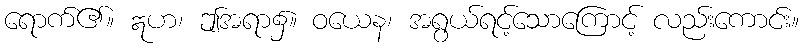
ရောက်၏။ ဣဟ၊ ဤအရာ၌။ ဝယေန၊ အရွယ်ရင့်သောကြောင့် လည်းကောင်း။